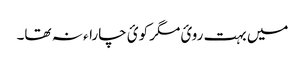
میں بہت روئ مگر کوئ چاراء نہ تھا۔